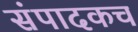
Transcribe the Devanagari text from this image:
संपादकच